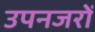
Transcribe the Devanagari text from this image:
उपनजरों